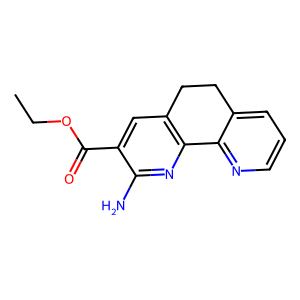
SMILES: CCOC(=O)c1cc2c(nc1N)-c1ncccc1CC2
Inhibits HIV replication: No